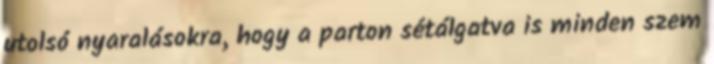
utolsó nyaralásokra, hogy a parton sétálgatva is minden szem